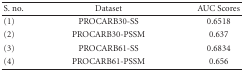
<table><thead><tr><td><b>S. no.</b></td><td><b>Dataset</b></td><td><b>AUC Scores</b></td></tr></thead><tbody><tr><td>(1)</td><td>PROCARB30-SS</td><td>0.6518</td></tr><tr><td>(2)</td><td>PROCARB30-PSSM</td><td>0.637</td></tr><tr><td>(3)</td><td>PROCARB61-SS</td><td>0.6834</td></tr><tr><td>(4)</td><td>PROCARB61-PSSM</td><td>0.656</td></tr></tbody></table>